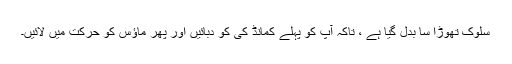
سلوک تھوڑا سا بدل گیا ہے ، تاکہ آپ کو پہلے کمانڈ کی کو دبائیں اور پھر ماؤس کو حرکت میں لائیں۔